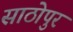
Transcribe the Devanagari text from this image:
साठोपुर